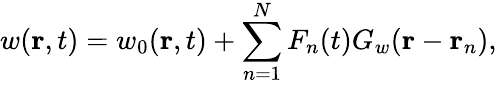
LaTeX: w(\mathbf{r},t)=w_{0}(\mathbf{r},t)+\sum_{n=1}^{N}F_{n}(t)G_{w}(\mathbf{r}-\mathbf{r}_{n}),